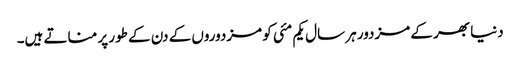
دنیا بھر کے مزدور ہر سال یکم مئی کو مزدوروں کے دن کے طور پر مناتے ہیں۔